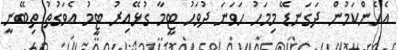
އެހެންކަމުން ދަގަނޑޭ މިމަހު ހަވަނަ ދުވަހު ޓީމާ ގުޅޭއިރު ޓީމު އެވަގުތު ތިބޭނީ